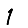
Digit: 1